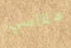
مقاسي